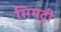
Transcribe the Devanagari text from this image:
सिमट्री